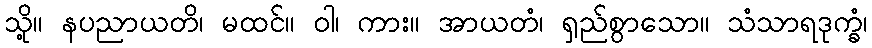
သို့။ နပညာယတိ၊ မထင်။ ဝါ၊ ကား။ အာယတံ၊ ရှည်စွာသော။ သံသာရဒုက္ခံ၊